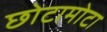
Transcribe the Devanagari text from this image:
छोटामोटा